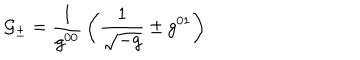
LaTeX: { \cal G _ { \pm } } = { \frac { 1 } { g ^ { 0 0 } } } \left( { \frac { 1 } { \sqrt { - g } } } \pm g ^ { 0 1 } \right)